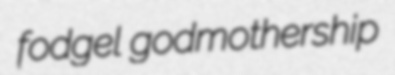
fodgel godmothership